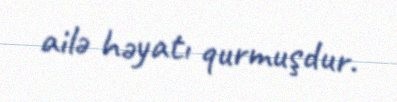
ailə həyatı qurmuşdur.